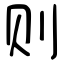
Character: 则